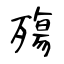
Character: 殤